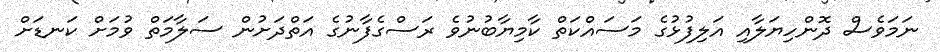
ނަމަވެސް ދޮންހިޔަލާއި އަލިފުޅުގެ މަސައްކަތް ކާމިޔާބުނުވެ ރަސްގެފާނުގެ އަތްދަށުން ސަލާމަތް ވުމަށް ކަނޑަށް